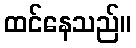
ထင်နေသည်။